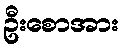
ဦးစောအား